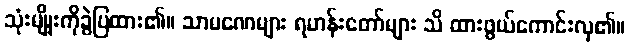
သုံးမျိုးကိုခွဲပြထား၏။ သာမဏေများ ရဟန်းတော်များ သိ ထားဖွယ်ကောင်းလှ၏။